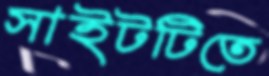
সাইটটিতে